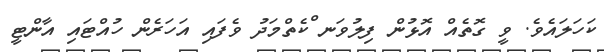
ކަހަލައެވެ. ވީ ގޮތެއް އޮޅުން ފިލުވަނ ްކެތްމަދު ވެފައި އަހަރެން ހުއްޓައި އާންޓީ